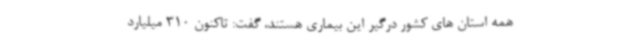
همه استان های کشور درگیر این بیماری هستند، گفت: تاکنون 310 میلیارد